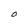
Character: O